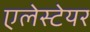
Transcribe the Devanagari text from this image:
एलेस्टेयर